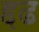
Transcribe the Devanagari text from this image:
द्दढ